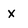
Character: x